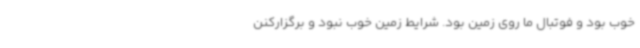
خوب بود و فوتبال ما روی زمین بود. شرایط زمین خوب نبود و برگزارکنن